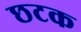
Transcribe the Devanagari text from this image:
छटक